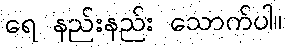
ရေ နည်းနည်း သောက်ပါ။